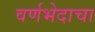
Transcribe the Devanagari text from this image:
वर्णभेदाचा